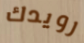
رويدك